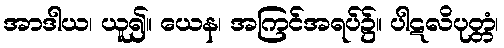
အာဒါယ၊ ယူ၍။ ယေန၊ အကြင်အရပ်၌။ ပါဋလိပုတ္တံ၊